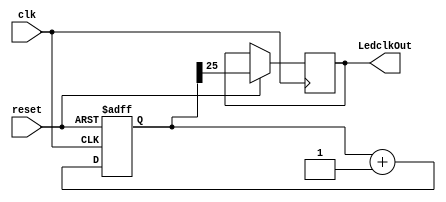
module Ledclk(LedclkOut, clk, reset);
output reg LedclkOut;
input clk, reset;
reg [25:0]clkCounter = 26'b0;
always @(posedge clk or negedge reset)
begin
    if(!reset)
    begin
        clkCounter <= 26'b0;
    end
    else
    begin
        clkCounter <= clkCounter + 1'b1;
        LedclkOut <= clkCounter[25];
    end
end
endmodule